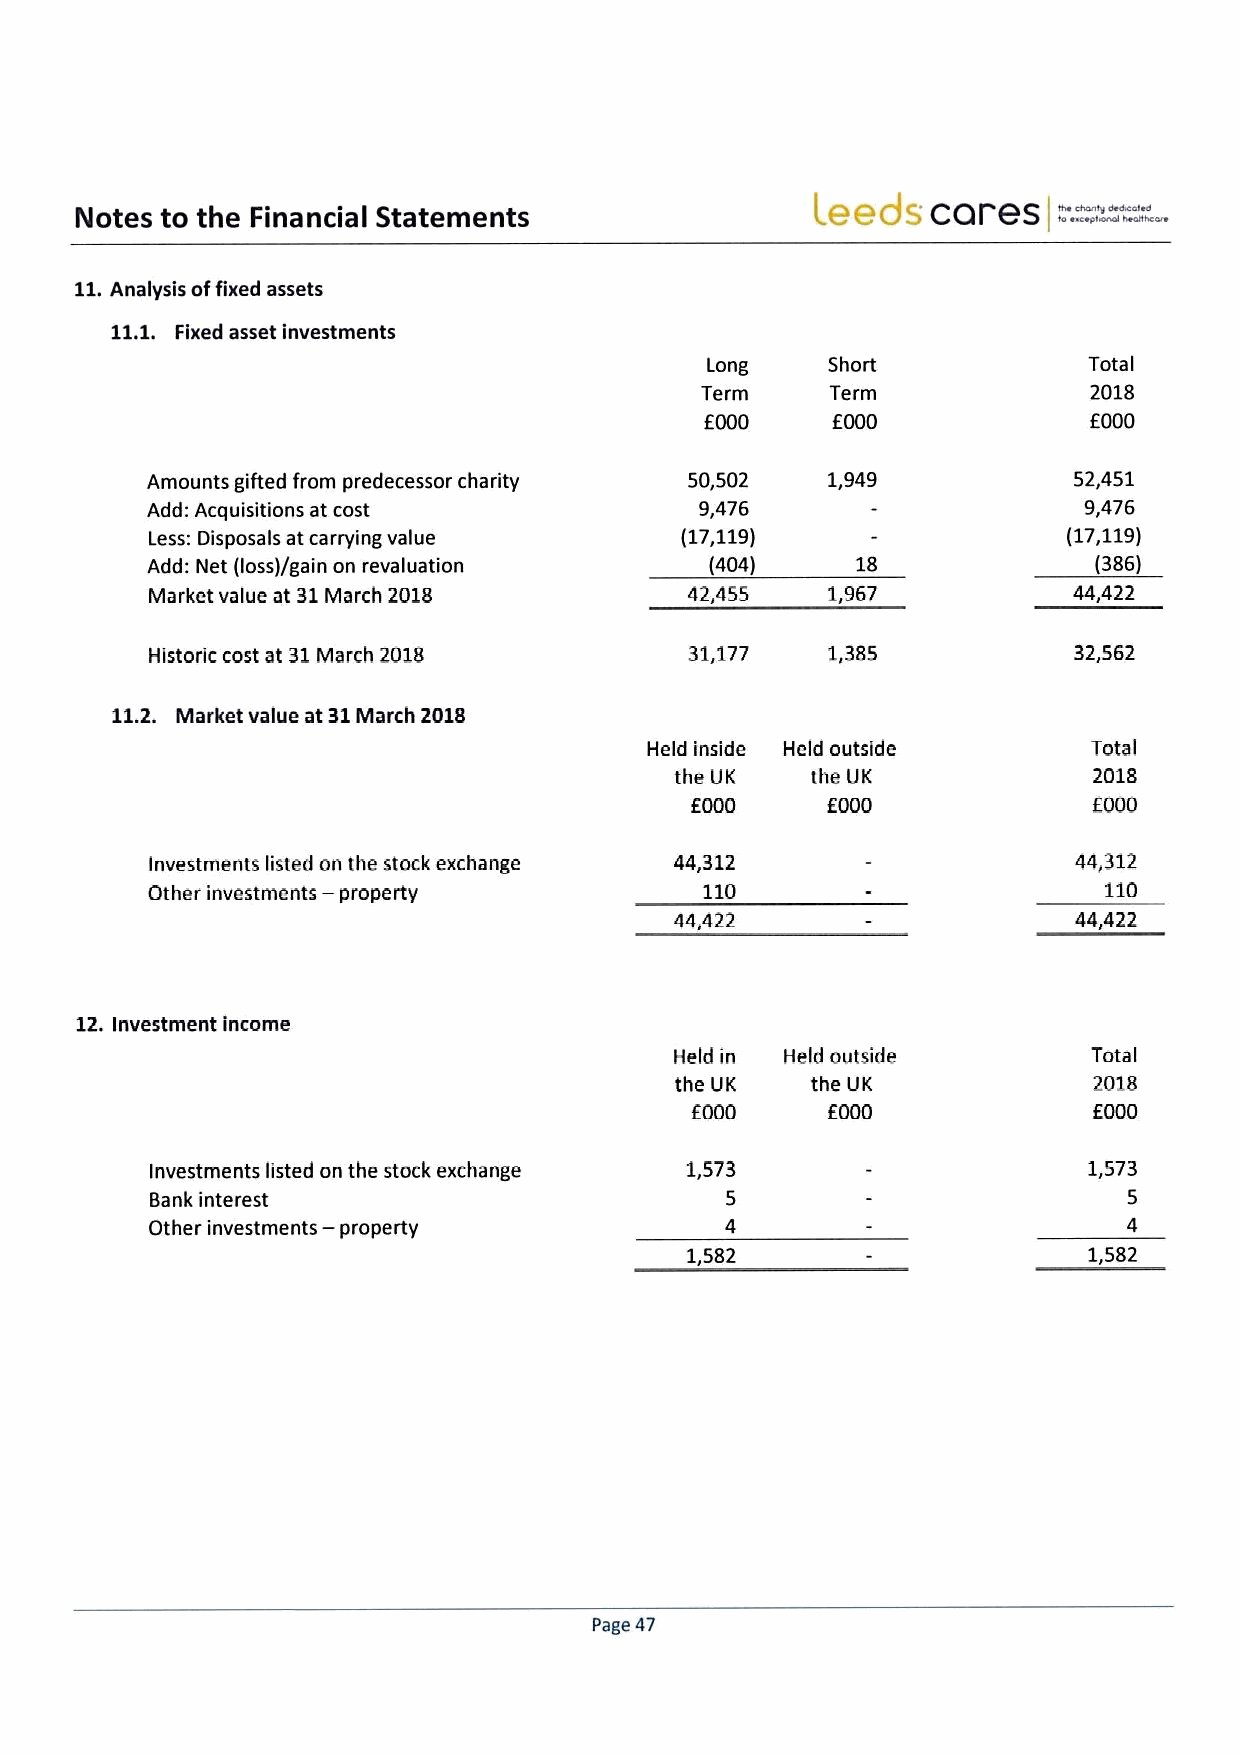
eeds   cares   =-.=--
 Notes to the Financial Statements                I.             I.
 11,Analysis offixed assets
 11.1. Fixed asset investments
 Long    Short            Tata I
 Term     Term             2018
 f000             f000
 EOOO
 Amounts gifted from predecessor charity 50,502 1,949         52,451
 Add: Acquisitions at cost           9,476                     9,476
 Less: Disposals at carrying value  (17,119)                  (17,119)
 Add: Net (loss)/gain on revaluation  (404)     18             (386)
 Market value at 31March 2018        42,455   1,967           44,422
 Historic cost at 31March 2018       31,177   1,385           32,562
 11.2. Market value at 31March 2018
 Held inside Held outside     Total
 the UK   the UK            2018
 f 000    f000             f000
 Investments listed on the stock exchange 44,312              44,312
 Other investments — property         110                       110
 44,422                    44,422
 12.Investment income
 Held in I-le ld outside    Tota I
 the UK   the UK            2018
 f000                      f000
 EOOO
 Investments listed on the stock exchange 1,573                1,573
 Bank interest                         5                          5
 —
 Other investments property            4                          4
 1,582                      1,582
 Page 47